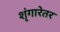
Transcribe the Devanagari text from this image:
शृंगारेतर